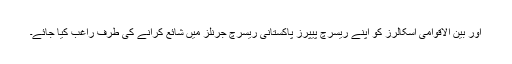
اور بین الاقوامی اسکالرز کو اپنے ریسرچ پیپرز پاکستانی ریسرچ جرنلز میں شائع کرانے کی طرف راغب کیا جائے۔